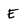
Character: E